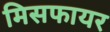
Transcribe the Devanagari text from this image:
मिसफायर